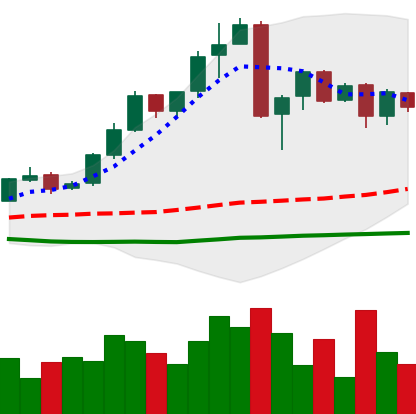
Ticker: BTC-USD
Chart end date: 2016-05-04
Forward return: 3.08%
Label: up_3_5